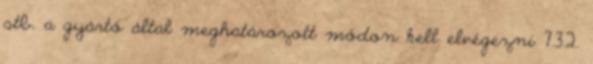
stb. a gyártó által meghatározott módon kell elvégezni 7.3.2.